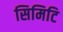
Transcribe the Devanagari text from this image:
सिमिटि